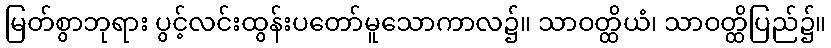
မြတ်စွာဘုရား ပွင့်လင်းထွန်းပတော်မူသောကာလ၌။ သာဝတ္ထိယံ၊ သာဝတ္ထိပြည်၌။